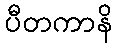
ပီတကာနိ